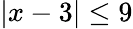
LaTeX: |x-3|\leq 9